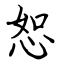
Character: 恕